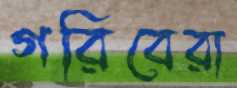
গরিবেরা